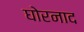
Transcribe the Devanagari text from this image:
घोरनाद